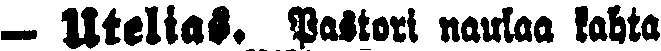
— Utelias. Pastori naulaa kahta